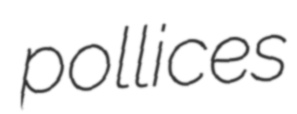
pollices